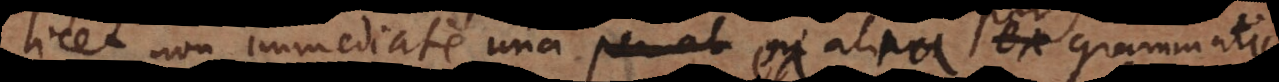
licet non immediate una ex alia per gra